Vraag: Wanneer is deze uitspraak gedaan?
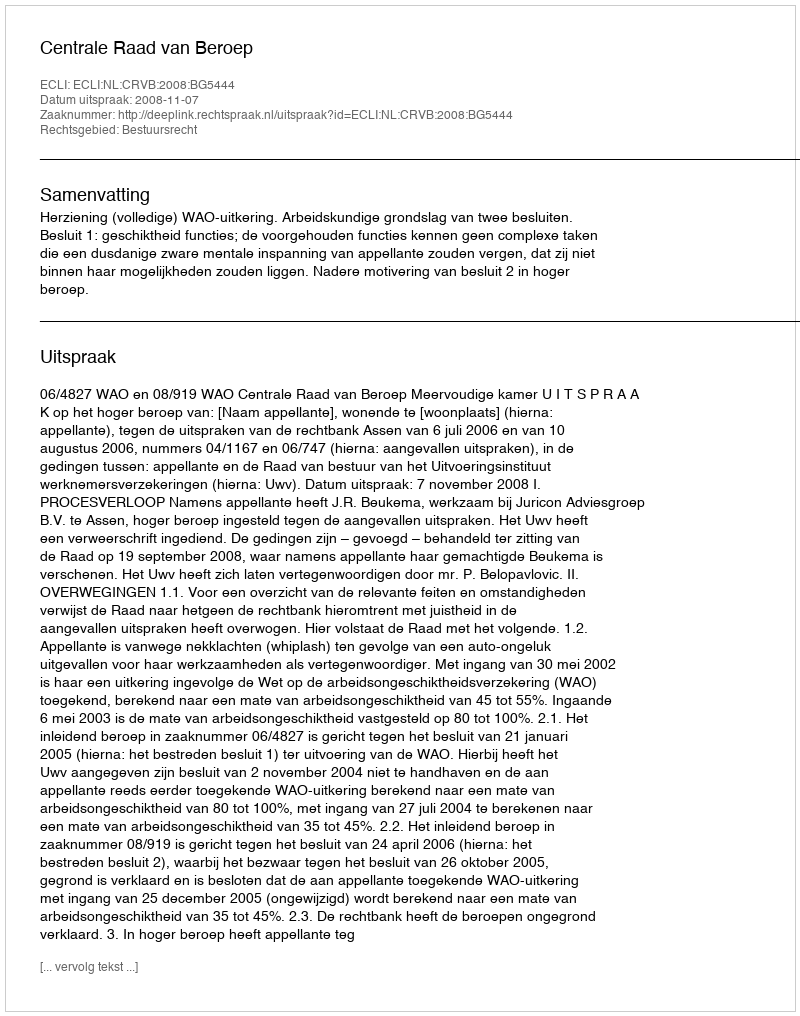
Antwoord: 2008-11-07